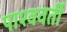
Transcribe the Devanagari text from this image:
पाश्ववर्ती